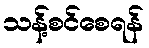
သန့်စင်စေရန်